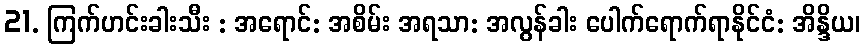
21. ကြက်ဟင်းခါးသီး : အရောင်: အစိမ်း အရသာ: အလွန်ခါး ပေါက်ရောက်ရာနိုင်ငံ: အိန္ဒိယ၊